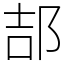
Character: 郆